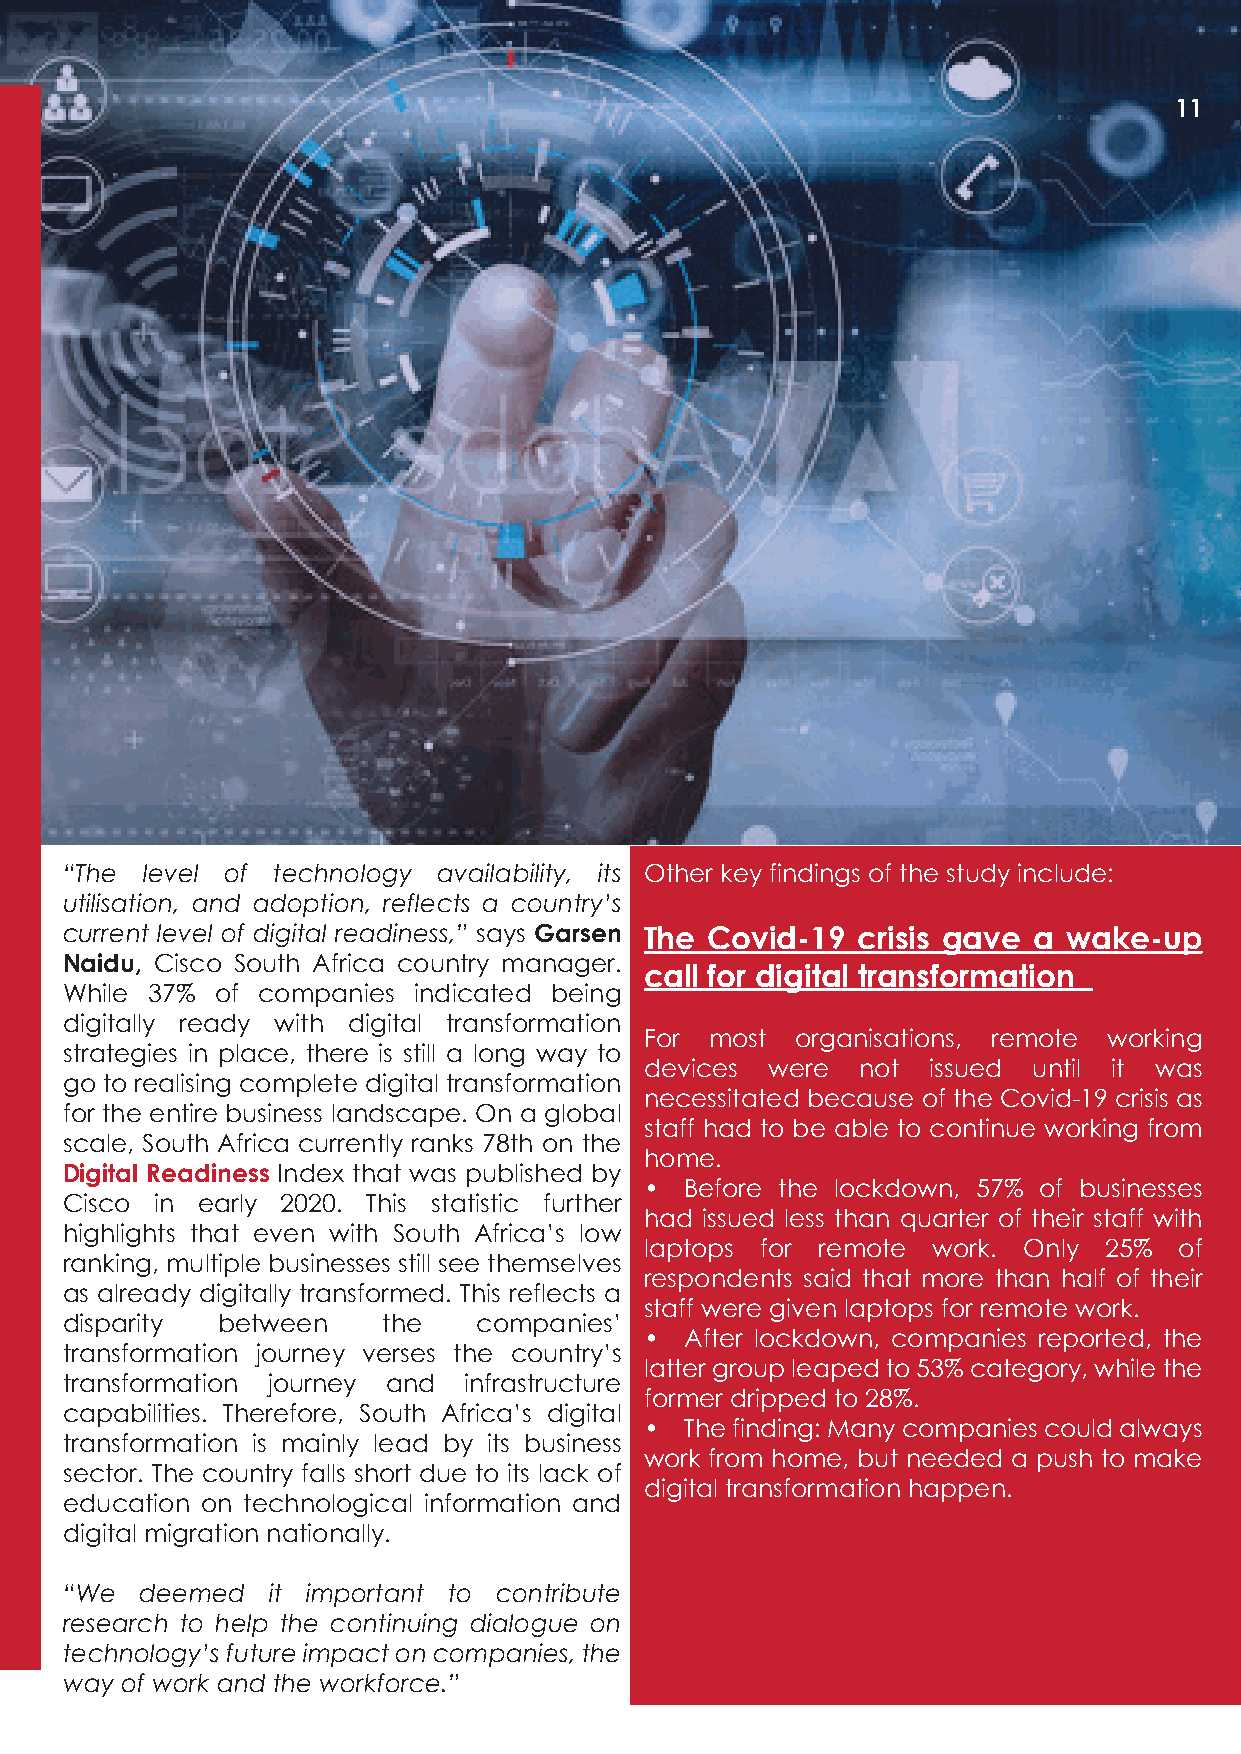
11
 “The level of technology availability, its Other key findings of the study include:
 utilisation, and adoption, reflects a country’s
 current level of digital readiness,” says Garsen The Covid-19 crisis gave a wake-up
 Naidu, Cisco South Africa country manager.
 call for digital transformation
 While 37% of companies indicated being
 digitally ready with digital transformation
 For most  organisations, remote working
 strategies in place, there is still a long way to
 devices were  not issued until it was
 go to realising complete digital transformation
 necessitated because of the Covid-19 crisis as
 for the entire business landscape. On a global
 staff had to be able to continue working from
 scale, South Africa currently ranks 78th on the
 home.
 Digital Readiness Index that was published by
 • Before the lockdown, 57% of businesses
 Cisco in early 2020. This statistic further
 had issued less than quarter of their staff with
 highlights that even with South Africa’s low
 laptops for remote work. Only 25%  of
 ranking, multiple businesses still see themselves
 respondents said that more than half of their
 as already digitally transformed. This reflects a
 staff were given laptops for remote work.
 disparity between    the    companies’
 • After lockdown, companies reported, the
 transformation journey verses the country’s
 latter group leaped to 53% category, while the
 transformation journey and infrastructure
 former dripped to 28%.
 capabilities. Therefore, South Africa’s digital
 • The finding: Many companies could always
 transformation is mainly lead by its business
 work from home, but needed a push to make
 sector. The country falls short due to its lack of
 digital transformation happen.
 education on technological information and
 digital migration nationally.
 “We  deemed   it important to contribute
 research to help the continuing dialogue on
 technology’s future impact on companies, the
 way of work and the workforce.”